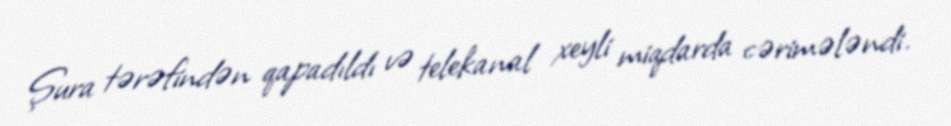
Şura tərəfindən qapadıldı və telekanal xeyli miqdarda cərimələndi.